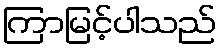
ကြာမြင့်ပါသည်